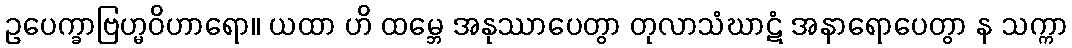
ဥပေက္ခာဗြဟ္မဝိဟာရော။ ယထာ ဟိ ထမ္ဘေ အနုဿာပေတွာ တုလာသံဃာဋံ အနာရောပေတွာ န သက္ကာ